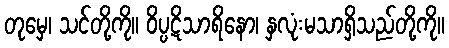
တုမှေ၊ သင်တို့ကို။ ဝိပ္ပဋိသာရိနော၊ နှလုံးမသာရှိသည်တို့ကို။